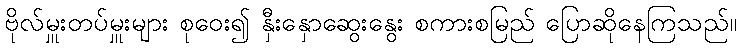
ဗိုလ်မှူးတပ်မှူးများ စုဝေး၍ နှီးနှောဆွေးနွေး စကားစမြည် ပြောဆိုနေကြသည်။